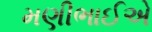
મણીભાઈએ